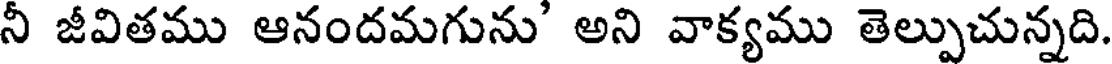
నీ జీవితము ఆనందమగును' అని వాక్యము తెల్పుచున్నది.